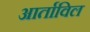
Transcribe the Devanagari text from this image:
आर्ताविल